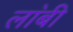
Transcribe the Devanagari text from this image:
ला॓बी